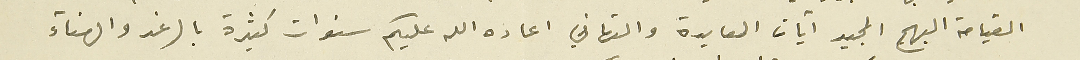
القيامة البهيج المجيد آيات المعايدة والتهاني اعاده الله عليكم سنوات كثيرة بالرغد والهناء